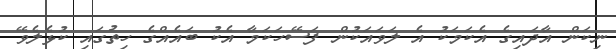
ނިކަން އާދައިގެ އެކަމަކު އެ ލަވައަކުން ފަސޭހަކަމާ އެކު ބައެއްގެ ހިތުގައި ކުޅެލެވޭ